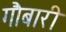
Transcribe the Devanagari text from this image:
गौबारी